Leaving Certificate Examination (including Day School Certificate (Higher) General paper), 1933
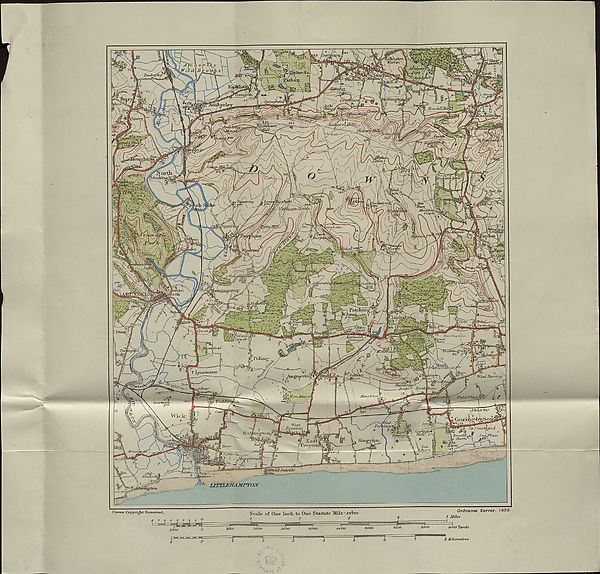
$$arphanv
moot
nnertn.
7 rai ire o
,«SVcg/i<
Cvos.-t
\Poling%
jorner-
Stanho/jti\Lo.
T Lyminster
(Miu/i
We.fr, Tarring
lorn.
JTcmaJetoTi
Tarn.Manoi
'halt.
ToriAii
(hurbvick.
Wider
Went
ttreeton
KiiSting-to]
\3roolc\ L-. liarrv
Sect,
3 am
jMarp'sbrooi
Ordnance Survey, 1952.
7000
6000
4000
2000
3000
2000
.Hiqlicwvv
2B\.